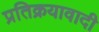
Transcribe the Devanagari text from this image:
प्रतिक्रयावादी